Report of the Indian Hemp Drugs Commission, 1894-1895 - Volume V
Year: 1894
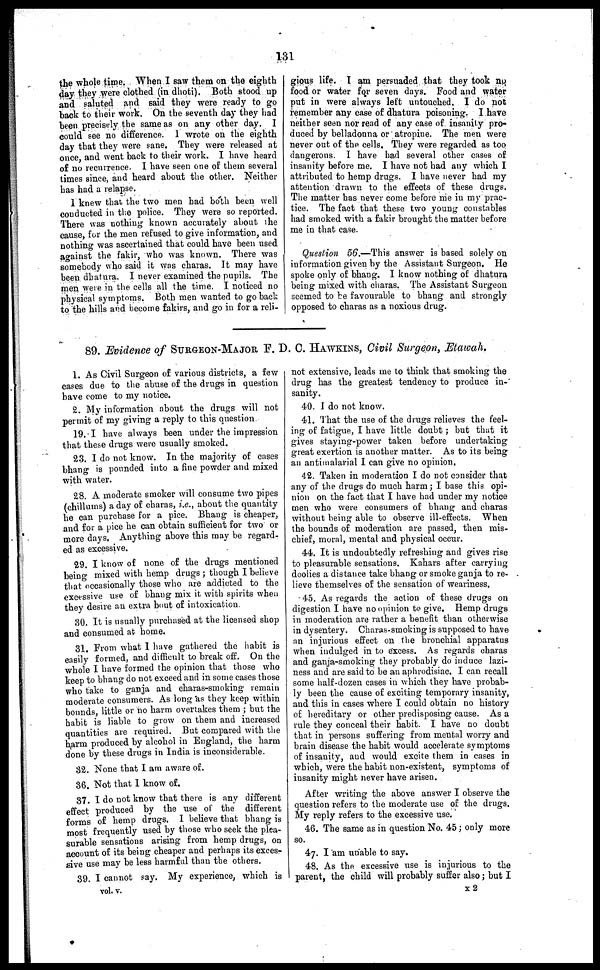
131
the whole time. When I saw them on the eighth
day they were clothed (in dhoti). Both stood up
and saluted and said they were ready to go
back to their work. On the seventh day they had
been precisely the same as on any other day. I
could see no difference. I wrote on the eighth
day that they were sane. They were released at
once, and went back to their work. I have heard
of no recurrence. I have seen one of them several
times since, and heard about the other. Neither
has had a relapse.
1 knew that the two men had both been well
conducted in the police. They were so reported.
There was nothing known accurately about the
cause, for the men refused to give information, and
nothing was ascertained that could have been used
against the fakir, who was known. There was
somebody who said it was charas. It may have
been dhatura. I never examined the pupils. The
men were in the cells all the time. I noticed no
physical symptoms. Both men wanted to go back
to the hills and become fakirs, and go in for a reli-
gious life. I am persuaded that they took no
food or water for seven days. Food and water
put in were always left untouched. I do not
remember any case of dhatura poisoning. I have
neither seen nor read of any case of insanity pro-
duced by belladonna or atropine. The men were
never out of the cells. They were regarded as too
dangerous. I have had several other cases of
insanity before me. I have not had any which I
attributed to hemp drugs. I have never had my
attention drawn to the effects of these drugs.
The matter has never come before me in my prac-
tice. The fact that these two young constables
had smoked with a fakir brought the matter before
me in that case.
Question 56.—This answer is based solely on
information given by the Assistant Surgeon. He
spoke only of bhang. I know nothing of dhatura
being mixed with charas. The Assistant Surgeon
seemed to he favourable to bhang and strongly
opposed to charas as a noxious drug.
89. Evidence of SURGEON-MAJOR F. D. C. HAWKINS, Civil Surgeon, Etawah.
1. As Civil Surgeon of various districts, a few
cases due to the abuse of the drugs in question
have come to my notice.
2. My information about the drugs will not
permit of my giving a reply to this question
19. I have always been under the impression
that these drugs were usually smoked.
23. I do not know. In the majority of cases
bhang is pounded into a fine powder and mixed
with water.
28. A moderate smoker will consume two pipes
(chillums) a day of charas, i.e., about the quantity
he can purchase for a pice. Bhang is cheaper,
and for a pice he can obtain sufficient for two or
more days, Anything above this may be regard-
ed as excessive.
29. I know of none of the drugs mentioned
being mixed with hemp drugs; though I believe
that occasionally those who are addicted to the
excessive use of bhang mix it with spirits when
they desire an extra bout of intoxication.
30. It is usually purchased at the licensed shop
and consumed at home.
31. From what I have gathered the habit is
easily formed, and difficult to break off. On the
whole I have formed the opinion that those who
keep to bhang do not exceed and in some cases those
who take to ganja and charas-smoking remain
moderate consumers. As long as they keep within
bounds, little or no harm overtakes them; but the
habit is liable to grow on them and increased
quantities are required. But compared with the
harm produced by alcohol in England, the harm
done by these drugs in India is inconsiderable.
32. None that I am aware of.
36. Not that I know of.
37. I do not know that there is any different
effect produced by the use of the
different
forms of hemp drugs. I believe that bhang is
most frequently used by those who seek the plea-
surable sensations arising from hemp drugs, on
account of its being cheaper and perhaps its exces-
sive use may be less harmful than the others.
39. I cannot say. My experience, which is
not extensive, leads me to think that smoking the
drug has the greatest tendency to produce in-
sanity.
40. I do not know.
41. That the use of the drugs relieves the feel-
ing of fatigue, I have little doubt; but that it
gives staying-power taken before undertaking
great exertion is another matter. As to its being
an antimalarial I can give no opinion.
42. Taken in moderation I do not consider that
any of the drugs do much harm; I base tin's opi-
nion on the fact that I have had under my notice
men who were consumers of bhang and charas
without being able to observe ill-effects.
When
the bounds of moderation are passed, then mis-
chief, moral, mental and physical occur.
44. It is undoubtedly refreshing and gives rise
to pleasurable sensations. Kahars after carrying
doolies a distance take bhang or smoke ganja to re-
lieve themselves of the sensation of weariness.
45. As regards the action of these drugs on
digestion I have no opinion to give. Hemp drugs
in moderation are rather a benefit than otherwise
in dysentery. Charas-smoking is supposed to have
an injurious effect on The bronchial apparatus
when indulged in to excess. As regards charas
and ganja-smoking they probably do induce lazi-
ness and are said to be an aphrodisiac. I can recall
some half-dozen cases in which they have probab-
ly been the cause of exciting temporary insanity,
and this in cases where I could obtain no history
of hereditary or other predisposing cause. As a
rule they conceal their habit. I have no doubt
that in persons suffering from mental worry and
brain disease the habit would accelerate symptoms
of insanity, and would excite them in cases in
which, were the habit non-existent, symptoms of
insanity might never have arisen.
After writing the above answer I observe the
question refers to the moderate use of the drugs.
My reply refers to the excessive use.
46. The same as in question No. 45; only more
so.
47. I am unable to say.
48. As the excessive use is injurious to the
parent, the child will probably suffer also; but I
vol. v.
x 2